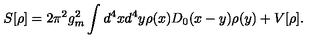
S [ \rho ] = 2 \pi ^ { 2 } g _ { m } ^ { 2 } \int d ^ { 4 } x d ^ { 4 } y \rho ( x ) D _ { 0 } ( x - y ) \rho ( y ) + V [ \rho ] .